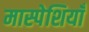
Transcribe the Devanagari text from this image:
मास्पेशियाँ